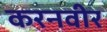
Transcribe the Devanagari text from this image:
करनवीर